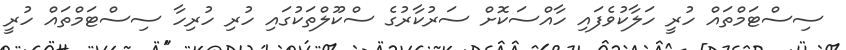
ސިސްޓަމްތައް ހުރީ ހަލާކުވެފައި ހާއްސަކޮށް ސަރުކާރުގެ ސްކޫލްތަކުގައި ހުރި ހުރިހާ ސިސްޓަމްތައް ހުރީ